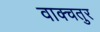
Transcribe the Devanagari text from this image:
वाक्चतुर